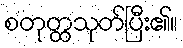
စတုတ္ထသုတ်ပြီး၏။